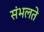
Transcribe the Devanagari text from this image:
संभलते